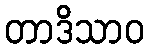
တာဒိသာဝ